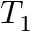
T _ { 1 }